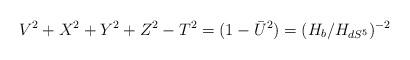
LaTeX: \begin{align*}V^2+X^2+Y^2+Z^2-T^2=(1-\bar U^2)=(H_b/H_{dS^5})^{-2}\end{align*}